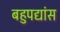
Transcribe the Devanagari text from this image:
बहुपद्यांस